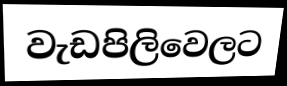
වැඩපිලිවෙලට